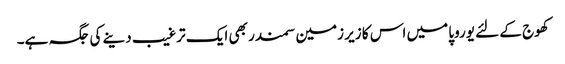
کھوج کے لئے یوروپا میں اس کا زیر زمین سمندر بھی ایک ترغیب دینے کی جگہ ہے۔